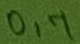
Text: 0,7